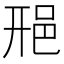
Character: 𨚆